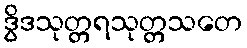
ဒွိဒသုတ္တရသုတ္တသတေ